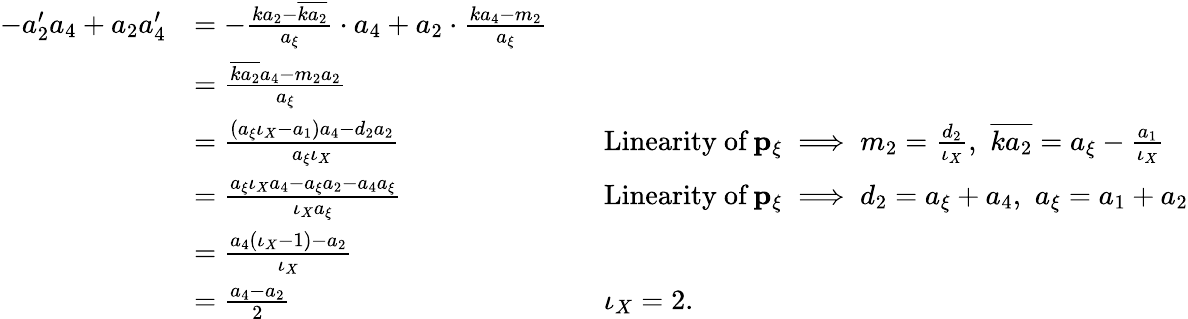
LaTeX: \begin{array}{rlrl}{-a_{2}^{\prime}a_{4}+a_{2}a_{4}^{\prime}}&{=-\frac{ka_{2}-\overline{{ka_{2}}}}{a_{\xi}}\cdot a_{4}+a_{2}\cdot\frac{ka_{4}-m_{2}}{a_{\xi}}}\\ &{=\frac{\overline{{ka_{2}}}a_{4}-m_{2}a_{2}}{a_{\xi}}}\\ &{=\frac{(a_{\xi}\iota_{X}-a_{1})a_{4}-d_{2}a_{2}}{a_{\xi}\iota_{X}}}&&{\mathrm{Linearity~of}\, \mathbf{p_{\xi}}\implies m_{2}=\frac{d_{2}}{\iota_{X}},\, \, \overline{{ka_{2}}}=a_{\xi}-\frac{a_{1}}{\iota_{X}}}\\ &{=\frac{a_{\xi}\iota_{X}a_{4}-a_{\xi}a_{2}-a_{4}a_{\xi}}{\iota_{X}a_{\xi}}}&&{\mathrm{Linearity~of}\, \mathbf{p_{\xi}}\implies d_{2}=a_{\xi}+a_{4},\, \, a_{\xi}=a_{1}+a_{2}}\\ &{=\frac{a_{4}(\iota_{X}-1)-a_{2}}{\iota_{X}}}\\ &{=\frac{a_{4}-a_{2}}{2}}&&{\iota_{X}=2.}\end{array}